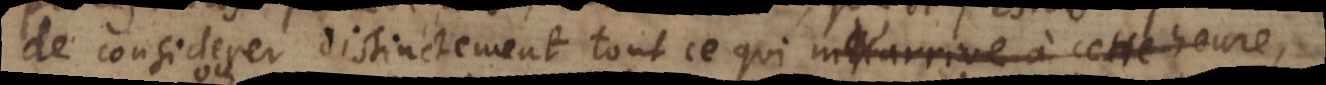
de considerer distinctement tout ce qui m’arrive ou